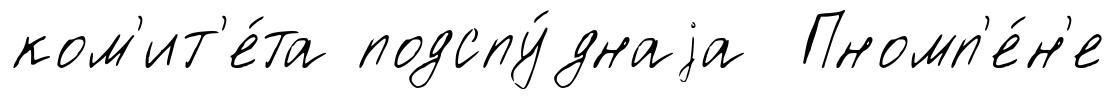
ком'ит'е́та подспу́днаjа Пномп'е́н'е